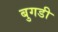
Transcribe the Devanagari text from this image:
बुगडी